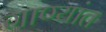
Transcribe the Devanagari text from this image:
गाण्यांत